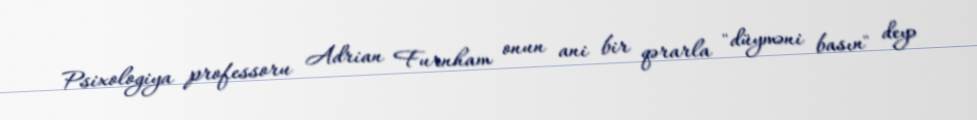
Psixologiya professoru Adrian Furnham onun ani bir qərarla "düyməni basın" deyə